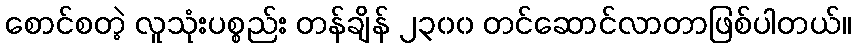
စောင်စတဲ့ လူသုံးပစ္စည်း တန်ချိန် ၂၃၀၀ တင်ဆောင်လာတာဖြစ်ပါတယ်။